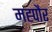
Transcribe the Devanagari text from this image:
मह्पौर